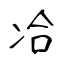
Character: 冾